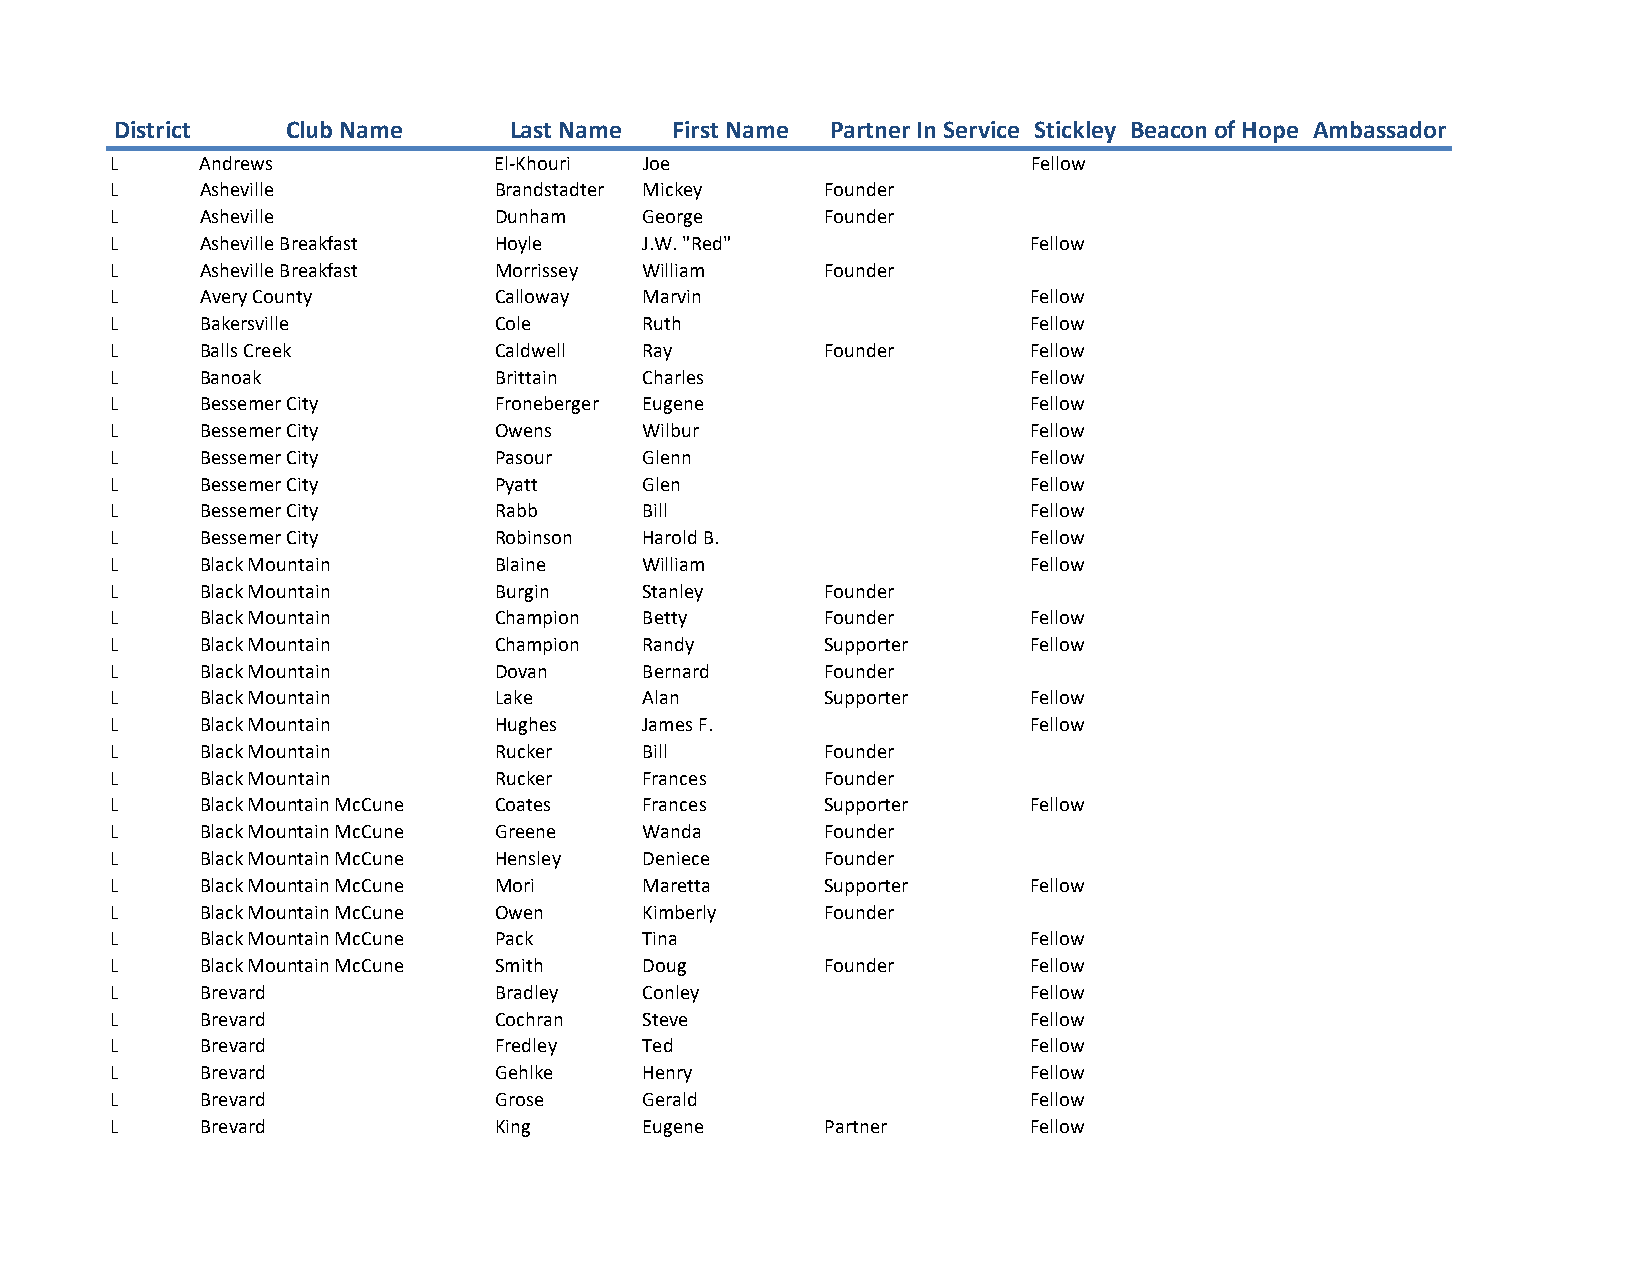
District   Club Name      Last Name First Name Partner In Service Stickley Beacon of Hope Ambassador
 L     Andrews             El-Khouri Joe                      Fellow
 L     Asheville           Brandstadter Mickey   Founder
 L     Asheville           Dunham    George      Founder
 L     Asheville Breakfast Hoyle     J.W. "Red"               Fellow
 L     Asheville Breakfast Morrissey William     Founder
 L     Avery County        Calloway  Marvin                   Fellow
 L     Bakersville         Cole      Ruth                     Fellow
 L     Balls Creek         Caldwell  Ray         Founder      Fellow
 L     Banoak              Brittain  Charles                  Fellow
 L     Bessemer City       Froneberger Eugene                 Fellow
 L     Bessemer City       Owens     Wilbur                   Fellow
 L     Bessemer City       Pasour    Glenn                    Fellow
 L     Bessemer City       Pyatt     Glen                     Fellow
 L     Bessemer City       Rabb      Bill                     Fellow
 L     Bessemer City       Robinson  Harold B.                Fellow
 L     Black Mountain      Blaine    William                  Fellow
 L     Black Mountain      Burgin    Stanley     Founder
 L     Black Mountain      Champion  Betty       Founder      Fellow
 L     Black Mountain      Champion  Randy       Supporter    Fellow
 L     Black Mountain      Dovan     Bernard     Founder
 L     Black Mountain      Lake      Alan        Supporter    Fellow
 L     Black Mountain      Hughes    James F.                 Fellow
 L     Black Mountain      Rucker    Bill        Founder
 L     Black Mountain      Rucker    Frances     Founder
 L     Black Mountain McCune Coates  Frances     Supporter    Fellow
 L     Black Mountain McCune Greene  Wanda       Founder
 L     Black Mountain McCune Hensley Deniece     Founder
 L     Black Mountain McCune Mori    Maretta     Supporter    Fellow
 L     Black Mountain McCune Owen    Kimberly    Founder
 L     Black Mountain McCune Pack    Tina                     Fellow
 L     Black Mountain McCune Smith   Doug        Founder      Fellow
 L     Brevard             Bradley   Conley                   Fellow
 L     Brevard             Cochran   Steve                    Fellow
 L     Brevard             Fredley   Ted                      Fellow
 L     Brevard             Gehlke    Henry                    Fellow
 L     Brevard             Grose     Gerald                   Fellow
 L     Brevard             King      Eugene      Partner      Fellow